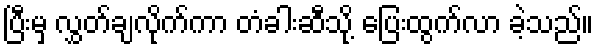
ပြီးမှ လွှတ်ချလိုက်ကာ တံခါးဆီသို့ ပြေးထွက်လာ ခဲ့သည်။